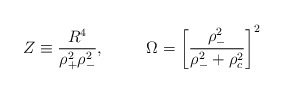
\begin{align*}Z \equiv \frac{R^4}{\rho_+^2 \rho_-^2}, \;\;\ \ \ \ \ \ \Omega = \left[\frac{\rho_-^2}{\rho_-^2 + \rho_c^2} \right]^2\end{align*}